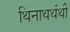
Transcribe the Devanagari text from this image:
थिनाथथंथी